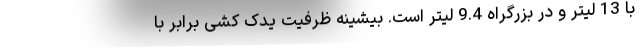
با 13 لیتر و در بزرگراه 9.4 لیتر است. بیشینه ظرفیت یدک کشی برابر با